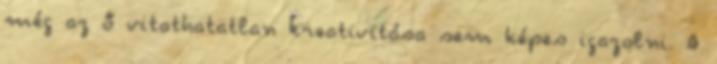
még az ő vitathatatlan kreativitása sem képes igazolni. A